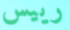
رييس